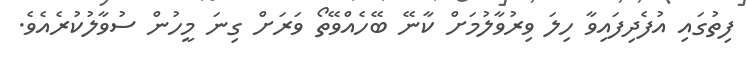
ފިތުގައި އުފެދިފައިވާ ހިލަ ވިރުވާލުމަށް ކާނޭ ބޭހެއްވޭތޯ ވަަރަށް ގިނަ މީހުން ސުވާލުކުރެއެވެ.